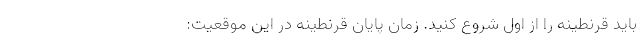
باید قرنطینه را از اول شروع کنید. زمان پایان قرنطینه در این موقعیت: